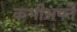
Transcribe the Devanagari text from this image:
कभीअपने